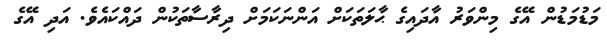
މަޑުމަޑުން އޭގެ މިންވަރު އާދައިގެ ޙާލަތަކަށް އަންނަކަމަށް ދިރާސާތަކުން ދައްކައެވެ. އަދި އޭގެ